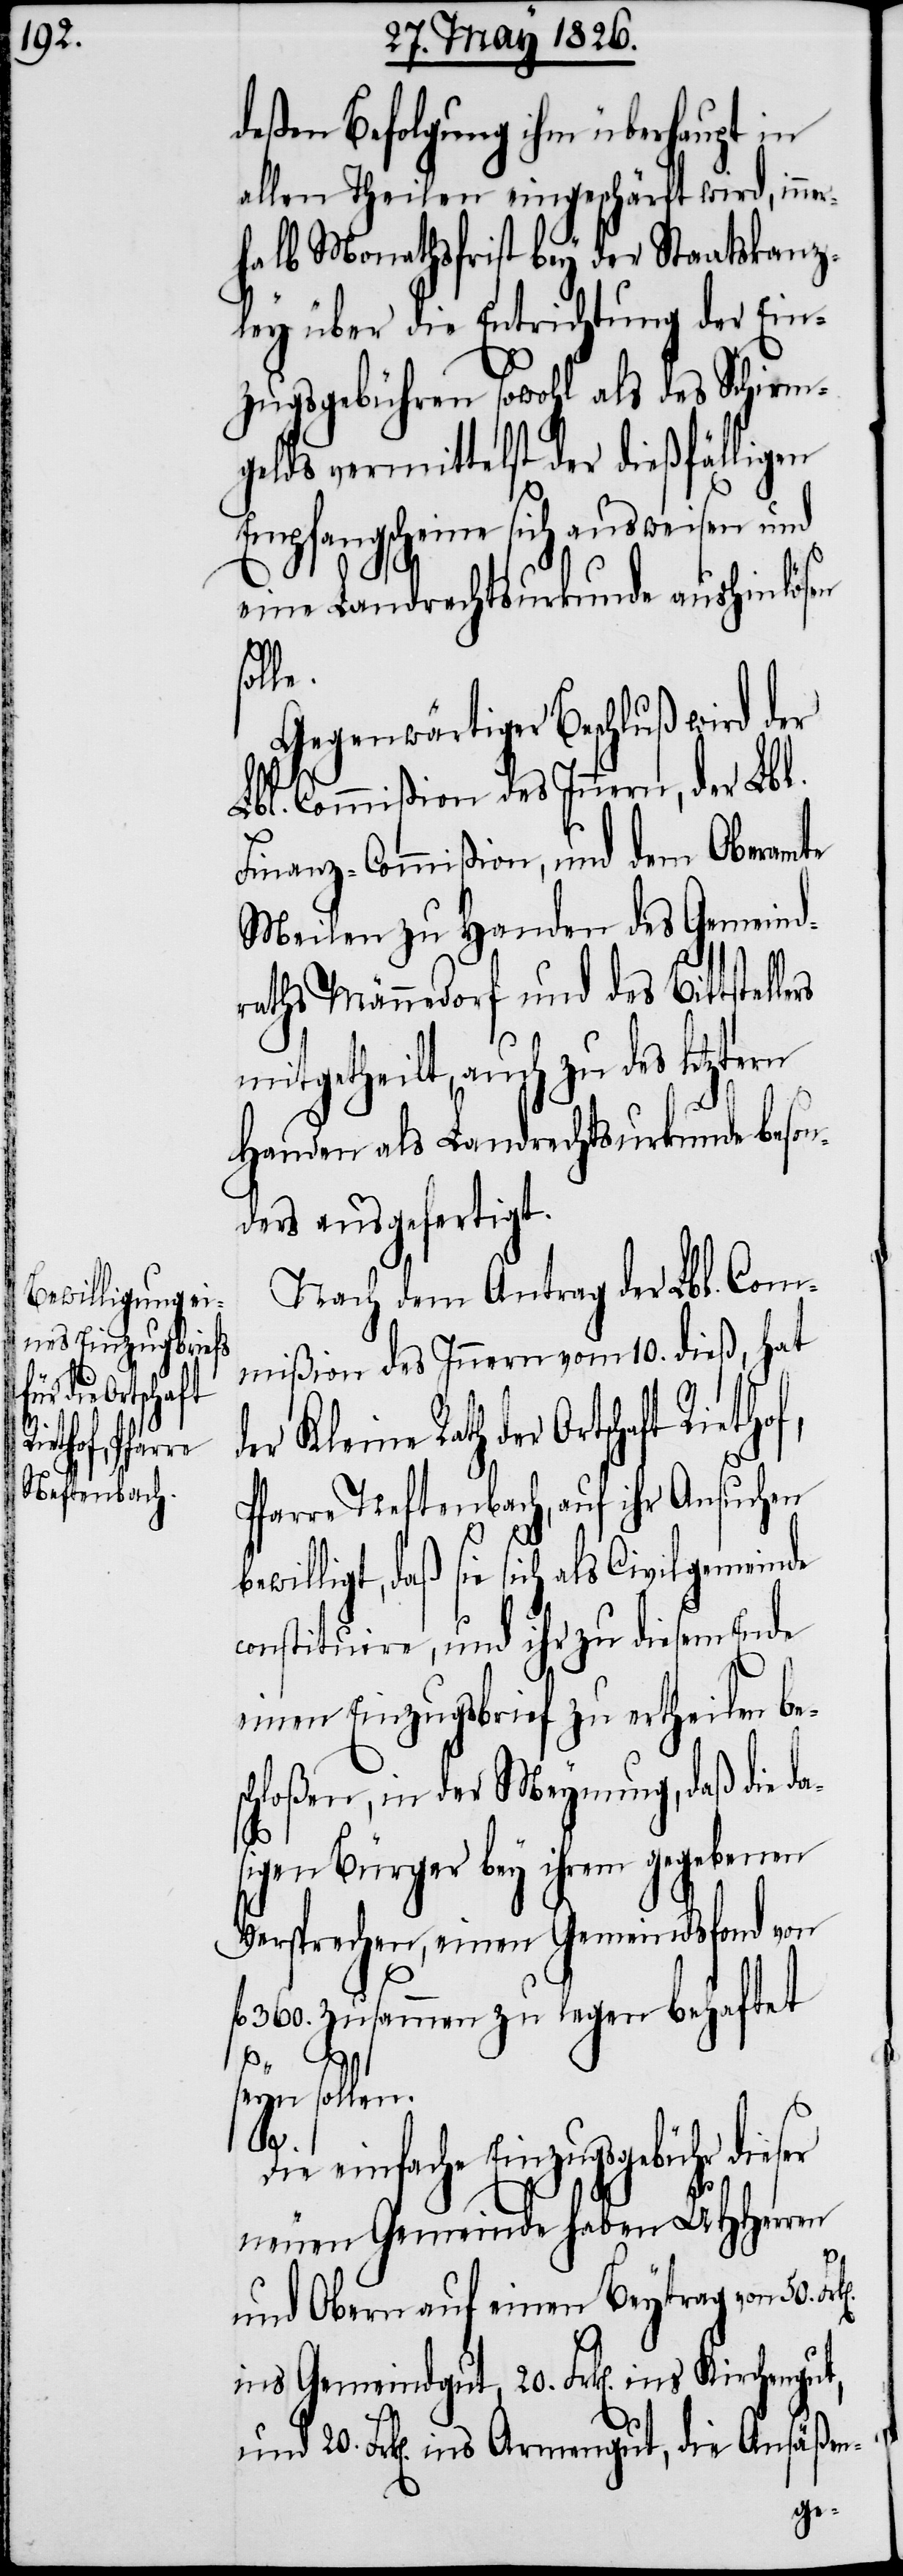
der Ortschaft

deßen Befolgung ihm überhaupt in
allen Theilen eingeschärft wird, in¬
halb Monathsfrist bey der Staatskanz¬
ley über die Entrichtung der Ein¬
zugsgebühren sowohl als des Schirmg¬
eldes vermittelst der dießfälligen
Empfangscheine sich ausweisen und
eine Landrechtsurkunde aushinlösen
sol¬
Gegenwärtiger Beschluß wird der
Lbl. Commißion des Innern, der Lbl.
Finanz-Commißion, und dem Oberamte
Meilen zu Handen des Gemeind¬
raths Männedorf und des Bittstel¬
mitgetheilt, auch zu des letztern
Handen als Landrechtsurkunde beson¬
ders ausgefertigt.
Nach dem Antrag der Lbl. Com¬
mißion des Innern vom 10. dieß, hat
Pfarre Neftenbach, auf ihr Ansuchen
b¬
ewilligt, daß sie sich als Civilgemeinde
constituire, und ihr zu diesem Ende
einen Einzugsbrief zu ertheilen be¬
chloßen, in der Meynung, daß die da¬
sigen Bürger bey ihrem gegebenen
Versprechen, einen Gemeindsfond von
l. 360. zusammen zu legen behaftet
seyn sollen.
ngut,
Die einfache Einzugsgebühr dieser
neuen Gemeinde haben UHHerren
f¬
und Obern auf einen Beytrag von 50.
ins Gemeindgut, 20. Frk[en]. ins Kirche¬
und 20. Frk[en]. ins Armengut, die Ansäßen-